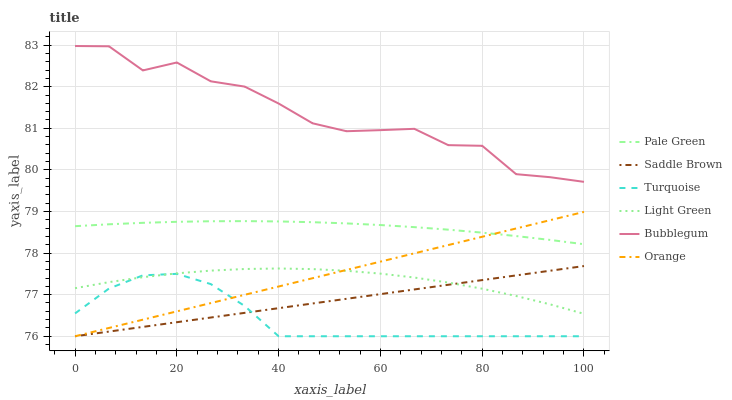
| xaxis_label | Pale Green | Saddle Brown | Turquoise | Light Green | Bubblegum | Orange |
 | --- | --- | --- | --- | --- | --- | --- |
 | 0 | 78.6 | 76 | 76.5 | 77.2 | 83 | 76 |
 | 6.67 | 78.7 | 76.1 | 77.1 | 77.3 | 83 | 76.2 |
 | 13.3 | 78.7 | 76.2 | 77.5 | 77.4 | 82.4 | 76.4 |
 | 20 | 78.8 | 76.3 | 77.5 | 77.5 | 82.6 | 76.6 |
 | 26.7 | 78.8 | 76.5 | 77.3 | 77.6 | 82.1 | 76.8 |
 | 33.3 | 78.8 | 76.6 | 76.7 | 77.6 | 82 | 77 |
 | 40 | 78.8 | 76.7 | 76 | 77.6 | 81.6 | 77.2 |
 | 46.7 | 78.7 | 76.8 | 76 | 77.6 | 81.1 | 77.4 |
 | 53.3 | 78.7 | 76.9 | 76 | 77.6 | 80.9 | 77.6 |
 | 60 | 78.7 | 77 | 76 | 77.5 | 81 | 77.8 |
 | 66.7 | 78.6 | 77.1 | 76 | 77.4 | 81 | 78 |
 | 73.3 | 78.6 | 77.2 | 76 | 77.3 | 80.6 | 78.2 |
 | 80 | 78.5 | 77.4 | 76 | 77.1 | 80.6 | 78.4 |
 | 86.7 | 78.4 | 77.5 | 76 | 77 | 79.9 | 78.6 |
 | 93.3 | 78.3 | 77.6 | 76 | 76.8 | 79.8 | 78.8 |
 | 100 | 78.2 | 77.7 | 76 | 76.5 | 79.7 | 79 |